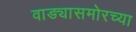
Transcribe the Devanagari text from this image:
वाड्यासमोरच्या